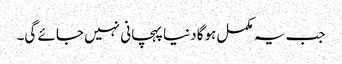
جب یہ مکمل ہوگا دنیا پہچانی نہیں جائے گی۔